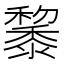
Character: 𪐅